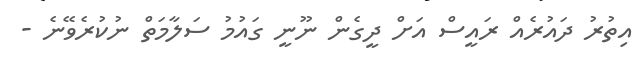
އިތުރު ދައުރެއް ރައީސް އަށް ދީގެން ނޫނީ ގައުމު ސަލާމަތް ނުކުރެވޭނެ -